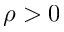
\rho > 0